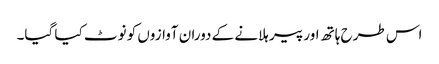
اس طرح ہاتھ اور پیر ہلانے کے دوران آوازوں کو نوٹ کیا گیا۔